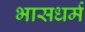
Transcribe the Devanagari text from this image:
भासधर्म